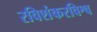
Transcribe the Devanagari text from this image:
रविशंकरविश्व